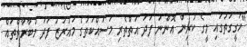
"ހަގީގަތުގައި މީގެ ކުރިން އޮންނަ ފަދަ އަތްތެރި މަސައްކަތުގެ މައުރަޒު ފަދަ މުބާރާތްތައް